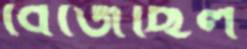
বেজেছিল